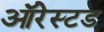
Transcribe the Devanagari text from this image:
ऑरेस्टड